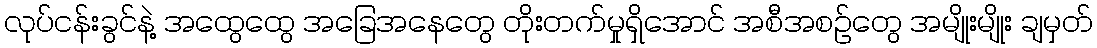
လုပ်ငန်းခွင်နဲ့ အထွေထွေ အခြေအနေတွေ တိုးတက်မှုရှိအောင် အစီအစဉ်တွေ အမျိုးမျိုး ချမှတ်